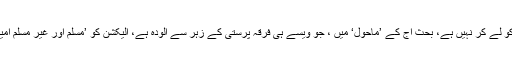
لیکن ہماری بحث ’ہار اور جیت‘ کو لے کر نہیں ہے، بحث آج کے ’ماحول‘ میں ، جو ویسے ہی فرقہ پرستی کے زہر سے آلودہ ہے، الیکشن کو ’مسلم اور غیر مسلم امیدواروں ‘میں تقسیم کرنے پر ہے ۔